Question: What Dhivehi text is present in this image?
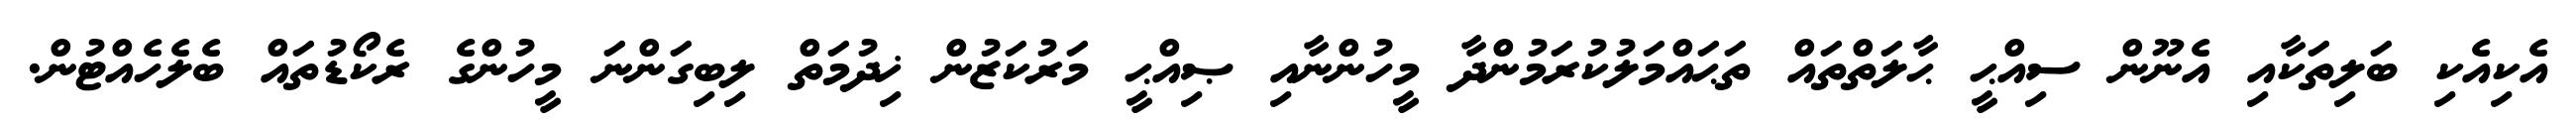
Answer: އެކިއެކި ބަލިތަކާއި އެނޫން ސިއްޙީ ޙާލަތްތައް ތަޙައްމަލުކުރަމުންދާ މީހުންނާއި ޞިއްޙީ މަރުކަޒުން ޚިދުމަތް ލިބިގަންނަ މީހުންގެ ރެކޯޑުތައް ބެލެހެއްޓުން.